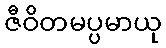
ဇီဝိတမပ္ပမာယု